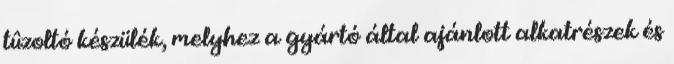
tûzoltó készülék, melyhez a gyártó által ajánlott alkatrészek és